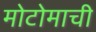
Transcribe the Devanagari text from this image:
मोटोमाची